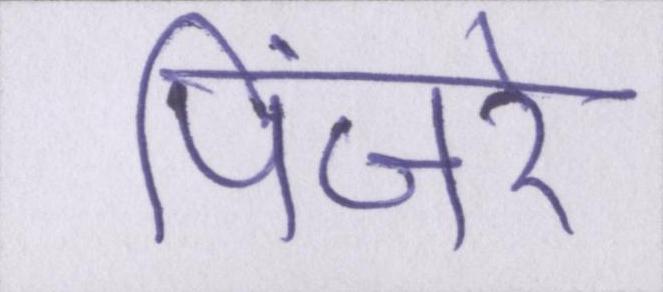
पिंजरे